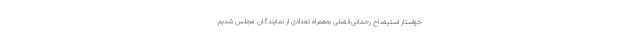
خواستار استیضاح رحمانی‌فضلی به‌همراه تعدادی از نمایندگان مجلس شدیم